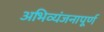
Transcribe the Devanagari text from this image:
अभिव्यंजनापूर्ण